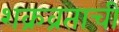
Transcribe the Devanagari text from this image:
शक्रव्रताची